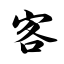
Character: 客